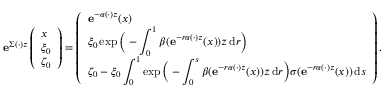
\begin{array} { r } { \mathbf { e } ^ { \Sigma ( \cdot ) z } \left( \begin{array} { l } { x } \\ { \xi _ { 0 } } \\ { \zeta _ { 0 } } \end{array} \right) = \left( \begin{array} { l } { \mathbf { e } ^ { - \alpha ( \cdot ) z } ( x ) } \\ { \displaystyle \xi _ { 0 } \exp \Big ( - \int _ { 0 } ^ { 1 } \beta ( \mathbf { e } ^ { - r \alpha ( \cdot ) z } ( x ) ) z \, \mathrm { d } r \Big ) } \\ { \displaystyle \zeta _ { 0 } - \xi _ { 0 } \int _ { 0 } ^ { 1 } \exp \Big ( - \int _ { 0 } ^ { s } \beta ( \mathbf { e } ^ { - r \alpha ( \cdot ) z } ( x ) ) z \, \mathrm { d } r \Big ) \sigma ( \mathbf { e } ^ { - r \alpha ( \cdot ) z } ( x ) ) \, \mathrm { d } s } \end{array} \right) . } \end{array}